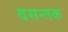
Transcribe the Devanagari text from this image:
वसन्तक